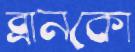
ব্রানকো